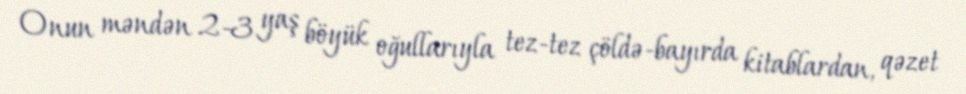
Onun məndən 2-3 yaş böyük oğullarıyla tez-tez çöldə-bayırda kitablardan, qəzet